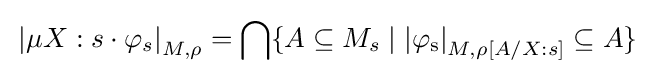
\mathrm {} \left\vert \mu X:s\cdot \varphi _{s}\right\vert _{M,\rho }=\bigcap \{{A\subseteq M_{s}\mid \mathrm {\left\vert \varphi _{s}\right\vert } _{M,\rho [A/X:s]}\subseteq A}\}